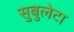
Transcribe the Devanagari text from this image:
सुबुलेटा